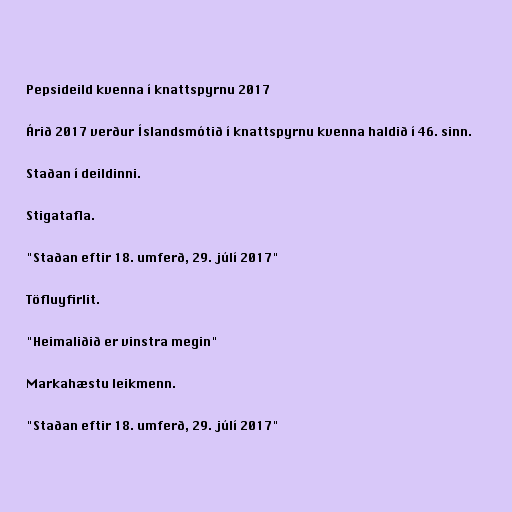
Pepsideild kvenna í knattspyrnu 2017

Árið 2017 verður Íslandsmótið í knattspyrnu kvenna haldið í 46. sinn.

Staðan í deildinni.

Stigatafla.

"Staðan eftir 18. umferð, 29. júlí 2017"

Töfluyfirlit.

"Heimaliðið er vinstra megin"

Markahæstu leikmenn.

"Staðan eftir 18. umferð, 29. júlí 2017"